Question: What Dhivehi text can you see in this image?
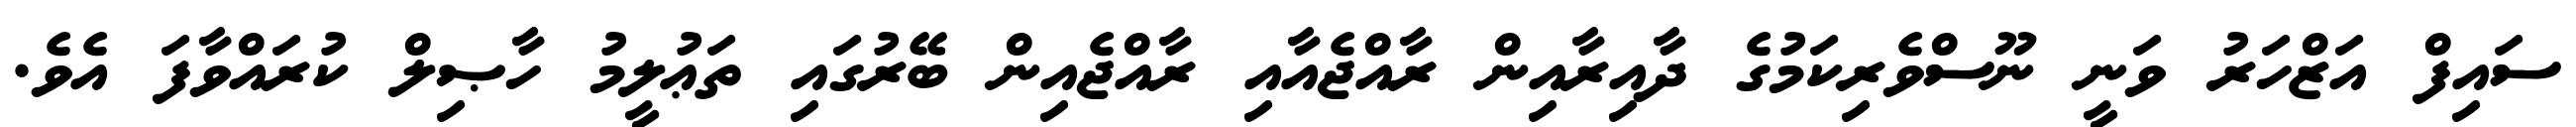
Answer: ސައިފް އަޒްހަރު ވަނީ ނޫސްވެރިކަމުގެ ދާއިރާއިން ރާއްޖެއާއި ރާއްޖެއިން ބޭރުގައި ތަޢުލީމު ހާޞިލް ކުރައްވާފަ އެވެ.